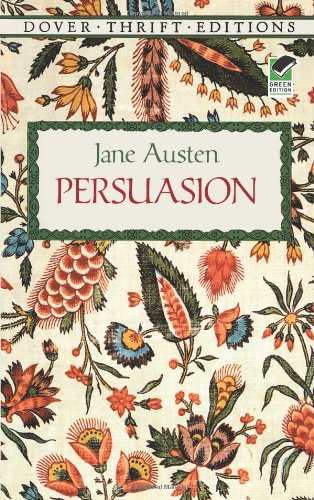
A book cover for Persuasion (Dover Thrift Editions); Jane Austen; Romance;